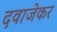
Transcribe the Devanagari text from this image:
दवाजेकर